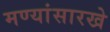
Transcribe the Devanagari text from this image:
मण्यांसारखे